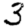
Digit: 3